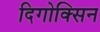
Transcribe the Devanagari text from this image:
दिगोक्सिन